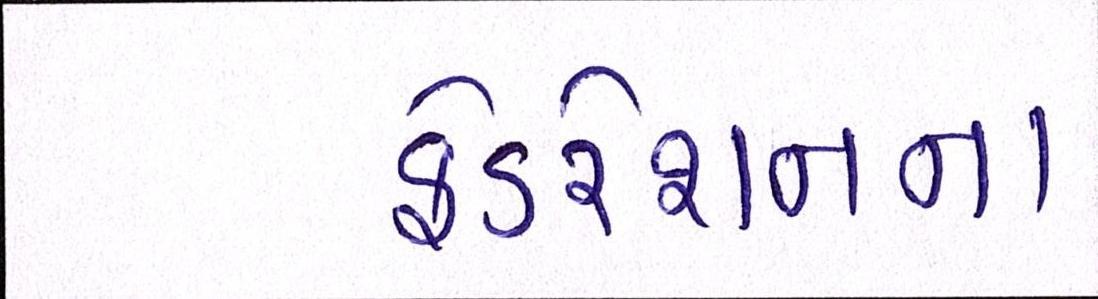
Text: ફેડરેશનના